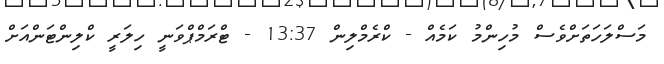
މަސްލަހަތަށްވެސް މުހިންމު ކަމެއް - ކްރެމްލިން 13:37 - ޓްރަމްޕްވަނީ ހިލަރީ ކްލިންޓަންއަށް